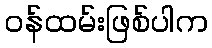
ဝန်ထမ်းဖြစ်ပါက